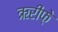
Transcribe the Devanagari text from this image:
ऋरीफ़े